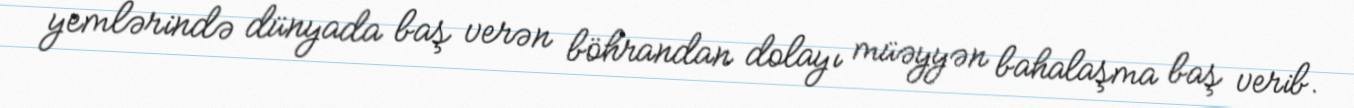
yemlərində dünyada baş verən böhrandan dolayı müəyyən bahalaşma baş verib.